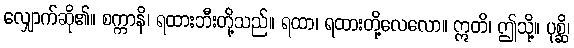
လျှောက်ဆို၏။ စက္ကာနိ၊ ရထားဘီးတို့သည်။ ရထာ၊ ရထားတို့လေလော။ ဣတိ၊ ဤသို့။ ပုစ္ဆိ၊